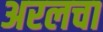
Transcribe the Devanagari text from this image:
अरलचा